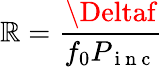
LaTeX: \mathbb{R}=\frac{{\Deltaf}}{{f_{0}P_{\mathrm{{~i~n~c~}}}}}